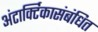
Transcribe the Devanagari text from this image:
अंटार्क्टिकासंबंधित